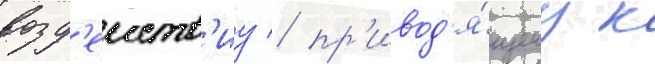
возд'еиств'иу / пр'ивод'я́щему к